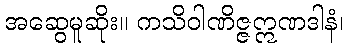
အဆွေမူဆိုး။ ကသိဝါဏိဇ္ဇဣဏဒါနံ၊